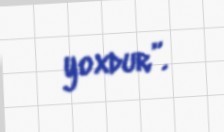
yoxdur”.